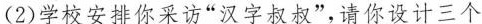
(2)学校安排你采访”汉字叔叔”，请你设计三个